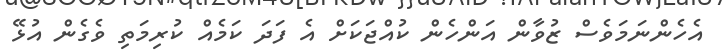
އެހެންނަމަވެސް ޒުވާން އަންހެން ކުއްޖަކަށް އެ ފަދަ ކަމެއް ކުރިމަތި ވެގެން އުޅޭ